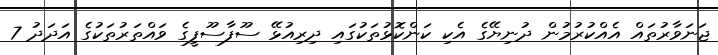
ޖަނަވާރުތައް އެއްކުރުމުން ދުނިޔޭގެ އެކި ކަންކޮޅުތަކުގައި ދިރިއުޅޭ ސޫފާސޫފީގެ ވައްތަރުތަކުގެ އަދަދު 7